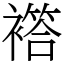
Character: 𧝡